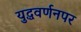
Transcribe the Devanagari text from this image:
युद्धवर्णनपर